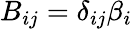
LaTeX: B_{ij}=\delta_{ij}\beta_{i}